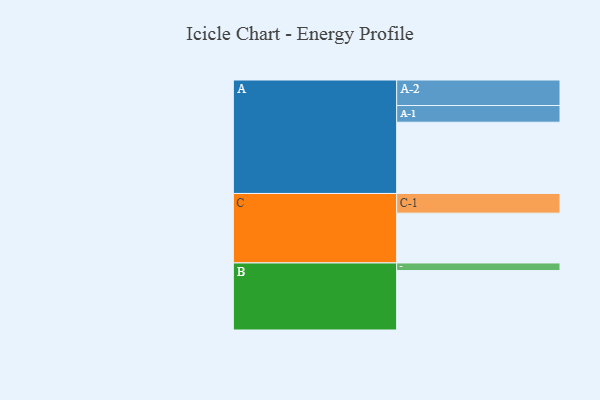
{"axis": {"x": "Segment", "y": "Value"}, "legend": ["", "A", "B", "C"], "data": [{"x": "A", "y": 525, "type": ""}, {"x": "B", "y": 438, "type": ""}, {"x": "C", "y": 367, "type": ""}, {"x": "A-1", "y": 123, "type": "A"}, {"x": "A-2", "y": 188, "type": "A"}, {"x": "B-1", "y": 56, "type": "B"}, {"x": "C-1", "y": 145, "type": "C"}]}